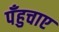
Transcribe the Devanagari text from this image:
पँहुचाए